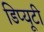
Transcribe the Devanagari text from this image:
डिप्यूटी